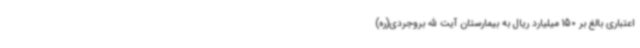
اعتباری بالغ بر 150 میلیارد ریال به بیمارستان آیت الله بروجردی(ره)